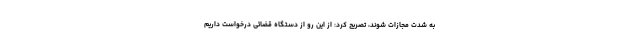
به شدت مجازات شوند، تصریح کرد: از این رو از دستگاه قضائی درخواست داریم